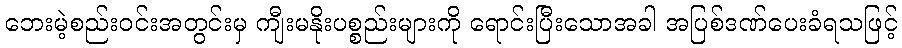
ဘေးမဲ့စည်းဝင်းအတွင်းမှ ကျီးမနိုးပစ္စည်းများကို ရောင်းပြီးသောအခါ အပြစ်ဒဏ်ပေးခံရသဖြင့်